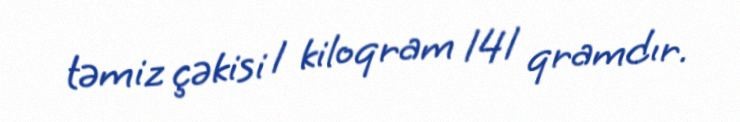
təmiz çəkisi 1 kiloqram 141 qramdır.